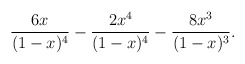
\begin{align*}{{6x} \over {(1-x)^4}}-{{2x^4} \over {(1-x)^4}}-{{8x^3} \over {(1-x)^3}}.\end{align*}